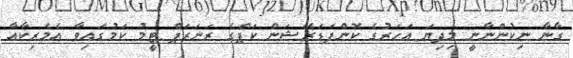
ގާނާ ނިކުންނާނީ މިދިޔަ އަހަރުގެ ކޮންފަޑަރޭޝަން ކަޕްގެ ރަނަރަޕް ޓީމު ކަމުގައިވާ އެމެރިކާއާ